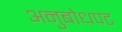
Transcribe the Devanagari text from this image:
अनुबोधपट